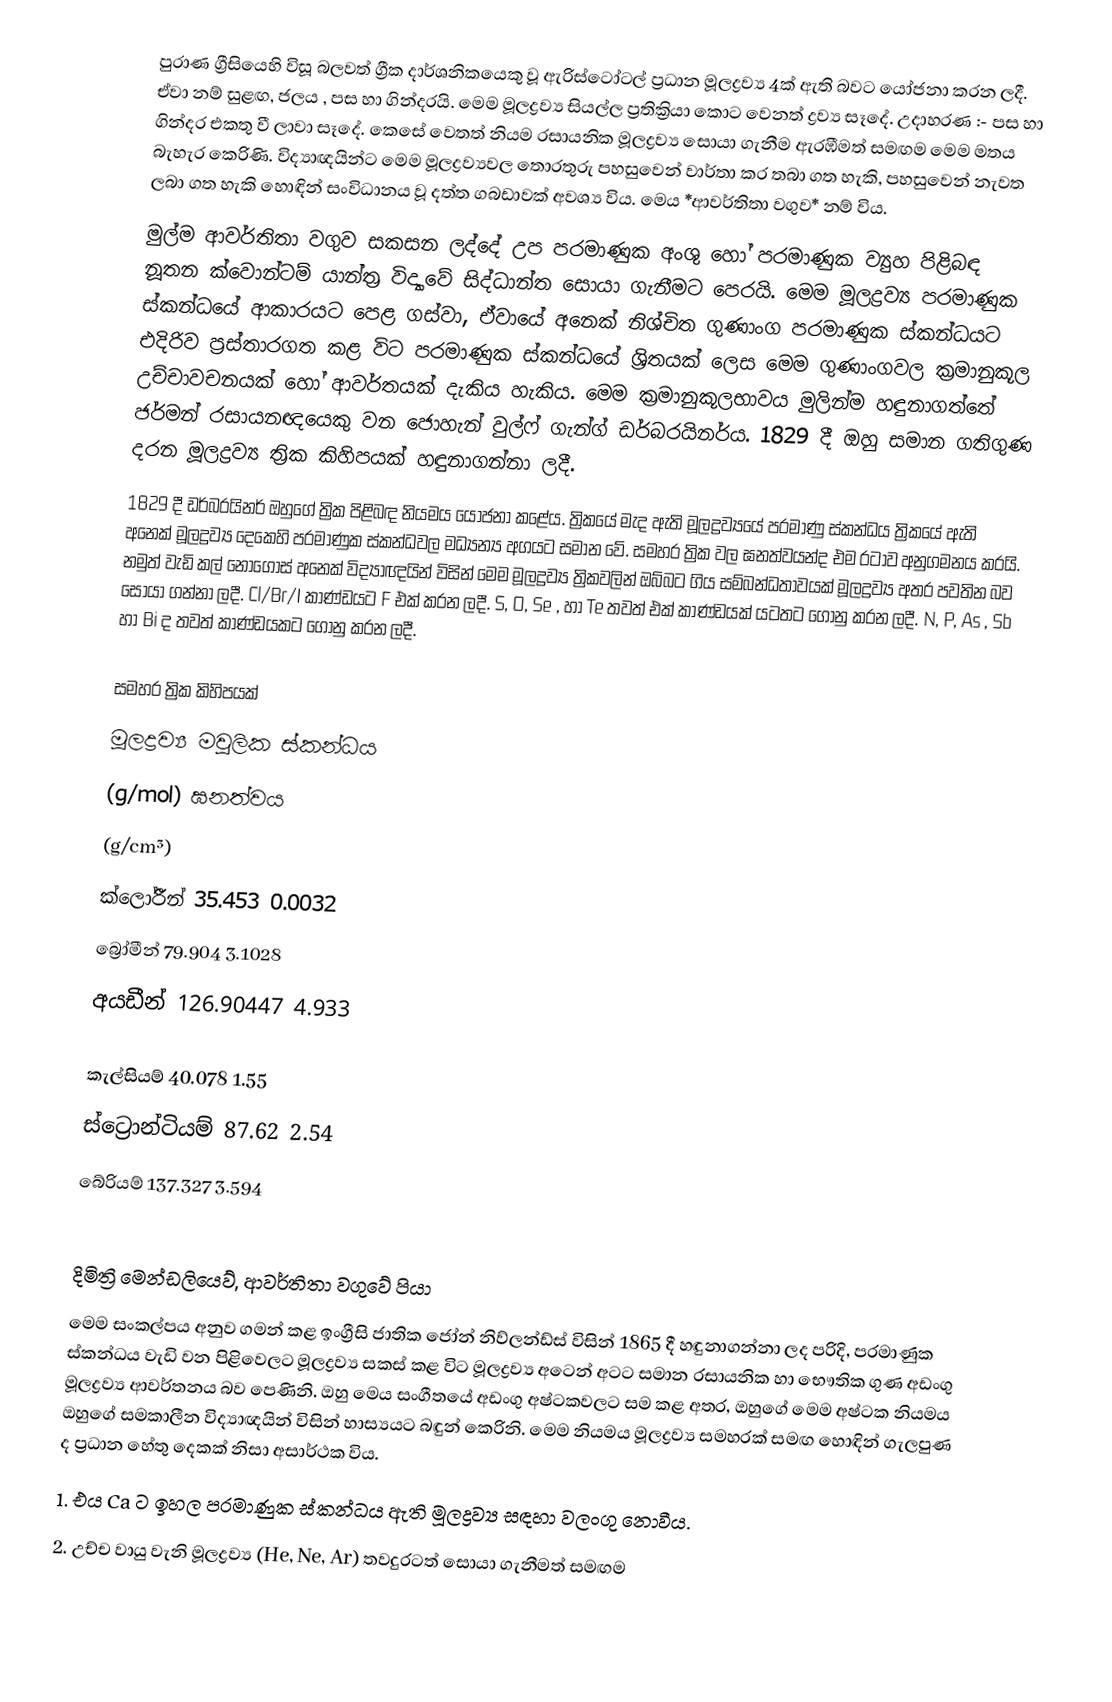
පුරාණ ග්‍රීසියෙහි විසූ බලවත් ග්‍රීක දාර්ශනිකයෙකු වූ ඇරිස්ටෝටල් ප්‍රධාන මූලද්‍රව්‍ය 4ක් ඇති බවට යෝජනා කරන ලදී. ඒවා නම් සුළඟ, ජලය , පස හා ගින්දරයි. මෙම මූලද්‍රව්‍ය සියල්ල ප්‍රතික්‍රියා කොට වෙනත් ද්‍රව්‍ය සෑදේ. උදාහරණ :- පස හා ගින්දර එකතු වී ලාවා සෑදේ. කෙසේ වෙතත් නියම රසායනික මූලද්‍රව්‍ය සොයා ගැනීම ඇරඹීමත් සමඟම මෙම මතය බැහැර කෙරිණි. විද්‍යාඥයින්ට මෙම මූලද්‍රව්‍යවල තොරතුරු පහසුවෙන් වාර්තා කර තබා ගත හැකි, පහසුවෙන් නැවත ලබා ගත හැකි හොඳින් සංවිධානය වූ දත්ත ගබඩාවක් අවශ්‍ය විය. මෙය *ආවර්තිතා වගුව* නම් විය.
මුල්ම ආවර්තිතා වගුව ‍සකසන ලද්දේ උප පරමාණුක අංශු හෝ පරමාණුක ව්‍යුහ පිළිබඳ නූතන ක්වොන්ටම් යාන්ත්‍ර විද්‍යාවේ සිද්ධාන්ත සොයා ගැනීමට පෙරයි. මෙම මූලද්‍රව්‍ය පරමාණුක ස්කන්ධයේ ආකාරයට පෙළ ගස්වා, ඒවායේ අනෙක් නිශ්චිත ගුණාංග පරමාණුක ස්කන්ධයට එදිරිව ප්‍රස්තාර‍ගත කළ විට පරමාණුක ස්කන්ධයේ ශ්‍රිතයක් ලෙස මෙම ගුණාංගවල ක්‍රමානුකූල උච්චාවචනයක් හෝ ආවර්තයක් දැකිය හැකිය. මෙම ක්‍රමානුකූලභාවය මුලින්ම හඳුනාගත්තේ ජර්මන් රසායනඥයෙකු වන ජොහැන් වුල්ෆ් ගැන්ග් ඩර්බරයිනර්ය. 1829 දී  ඔහු සමාන ගතිගුණ දරන මූලද්‍රව්‍ය ත්‍රික කිහිපයක් හඳුනාගන්නා ලදී.
1829 දී ඩර්බරයිනර් ඔහුගේ ත්‍රික පිළිබඳ නියමය යෝජනා කළේය. ත්‍රිකයේ මැද ඇති මූලද්‍රව්‍යයේ පරමාණු ස්කන්ධය ත්‍රිකයේ ඇති අනෙක් මූලද්‍රව්‍ය දෙකෙහි පරමාණුක ස්කන්ධවල මධ්‍යන්‍ය අගයට සමාන වේ. සමහර ත්‍රික වල ඝනත්වයන්ද එම රටාව අනුගමනය කරයි. නමුත් වැඩි කල් නොගොස් අනෙක් විද්‍යාඥයින් විසින් මෙම මූලද්‍රව්‍ය ත්‍රිකවලින් ඔබ්බට ගිය සම්බන්ධතාවයක් මූලද්‍රව්‍ය අතර පවතින බව සොයා ගන්නා ලදී. Cl/Br/I කාණ්ඩයට F එක් කරන ලදී. S, O, Se , හා Te තවත් එක් කාණ්ඩයක් යටතට ගොනු කරන ලදී. N, P, As , Sb හා Bi ද තවත් කාණ්ඩයකට ගොනු කරන ලදී.

සමහර ත්‍රික කිහිපයක්
මූලද්‍රව්‍ය	මවුලික ස්කන්ධය
(g/mol)	ඝනත්වය
(g/cm³)
ක්ලෝරීන්	35.453	0.0032
බ්‍රෝමීන්	79.904	3.1028
අයඩීන්	126.90447	4.933
 
කැල්සියම්	40.078	1.55
ස්ට්‍රොන්ටියම්	87.62	2.54
බේරියම්	137.327	3.594

දිමිත්‍රි මෙන්ඩලියෙව්, ආවර්තිතා වගුවේ පියා
මෙම සංකල්පය අනුව ගමන් කළ ඉංග්‍රීසි ජාතික ජෝන් නිව්ලන්ඩ්ස් විසින් 1865 දී හඳුනාගන්නා ලද පරිදි, පරමාණුක ස්කන්ධය වැඩි වන පිළිවෙලට මූලද්‍රව්‍ය සකස් කළ විට මූලද්‍රව්‍ය අටෙන් අටට සමාන රසායනික හා භෞතික ගුණ අඩංගු මූලද්‍රව්‍ය ආවර්තනය බව පෙණිනි. ඔහු මෙය සංගීතයේ අඩංගු අෂ්ටකවලට සම කළ අතර, ඔහුගේ මෙම අෂ්ටක නියමය ඔහුගේ සමකාලීන විද්‍යාඥයින් විසින් හාස්‍යයට බඳුන් කෙ‍රිනි. මෙම නියමය මූලද්‍රව්‍ය සමහරක් සමඟ හොඳින් ගැලපුණ ද ප්‍රධාන හේතු දෙකක් නිසා අසාර්ථක විය.
1.	එය Ca ට ඉහල පරමාණුක ස්කන්ධය ඇති මූලද්‍රව්‍ය සඳහා වලංගු නොවීය.
2.	උච්ච වායු වැනි මූලද්‍රව්‍ය (He, Ne, Ar) තවදුරටත් සොයා ගැනීමත් සමඟම